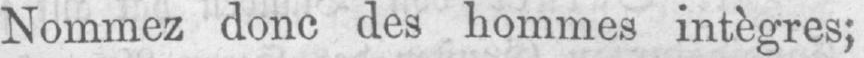
Nommez donc des hommes intègres;